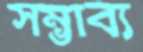
সম্ভাব্য